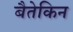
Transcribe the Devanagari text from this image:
बैतेकिन